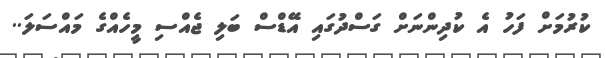
ކުރުމަށް ފަހު އެ ކުދިންނަށް ގަސްދުގައި އޭޑްސް ބަލި ޖެއްސި މީހެއްގެ މައްސަލަ..